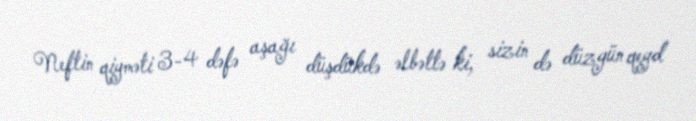
Neftin qiyməti 3-4 dəfə aşağı düşdükdə əlbəttə ki, sizin də düzgün qeyd